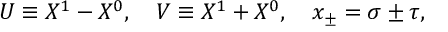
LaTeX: U \equiv X ^ { 1 } - X ^ { 0 } , \ \ \ V \equiv X ^ { 1 } + X ^ { 0 } , \ \ \ x _ { \pm } = \sigma \pm \tau ,